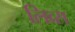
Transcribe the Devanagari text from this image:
लिव्स